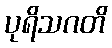
ပုရိသဂတိ